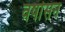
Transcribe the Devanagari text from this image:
वर्षासन